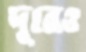
দূরেও